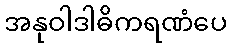
အနုဝါဒါဓိကရဏံပေ